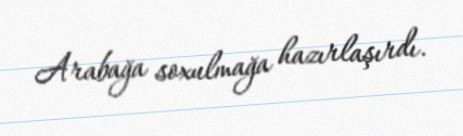
Arabağa soxulmağa hazırlaşırdı.